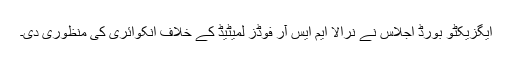
ایگزیکٹو بورڈ اجلاس نے نرالا ایم ایس آر فوڈز لمیٹیڈ کے خلاف انکوائری کی منظوری دی۔